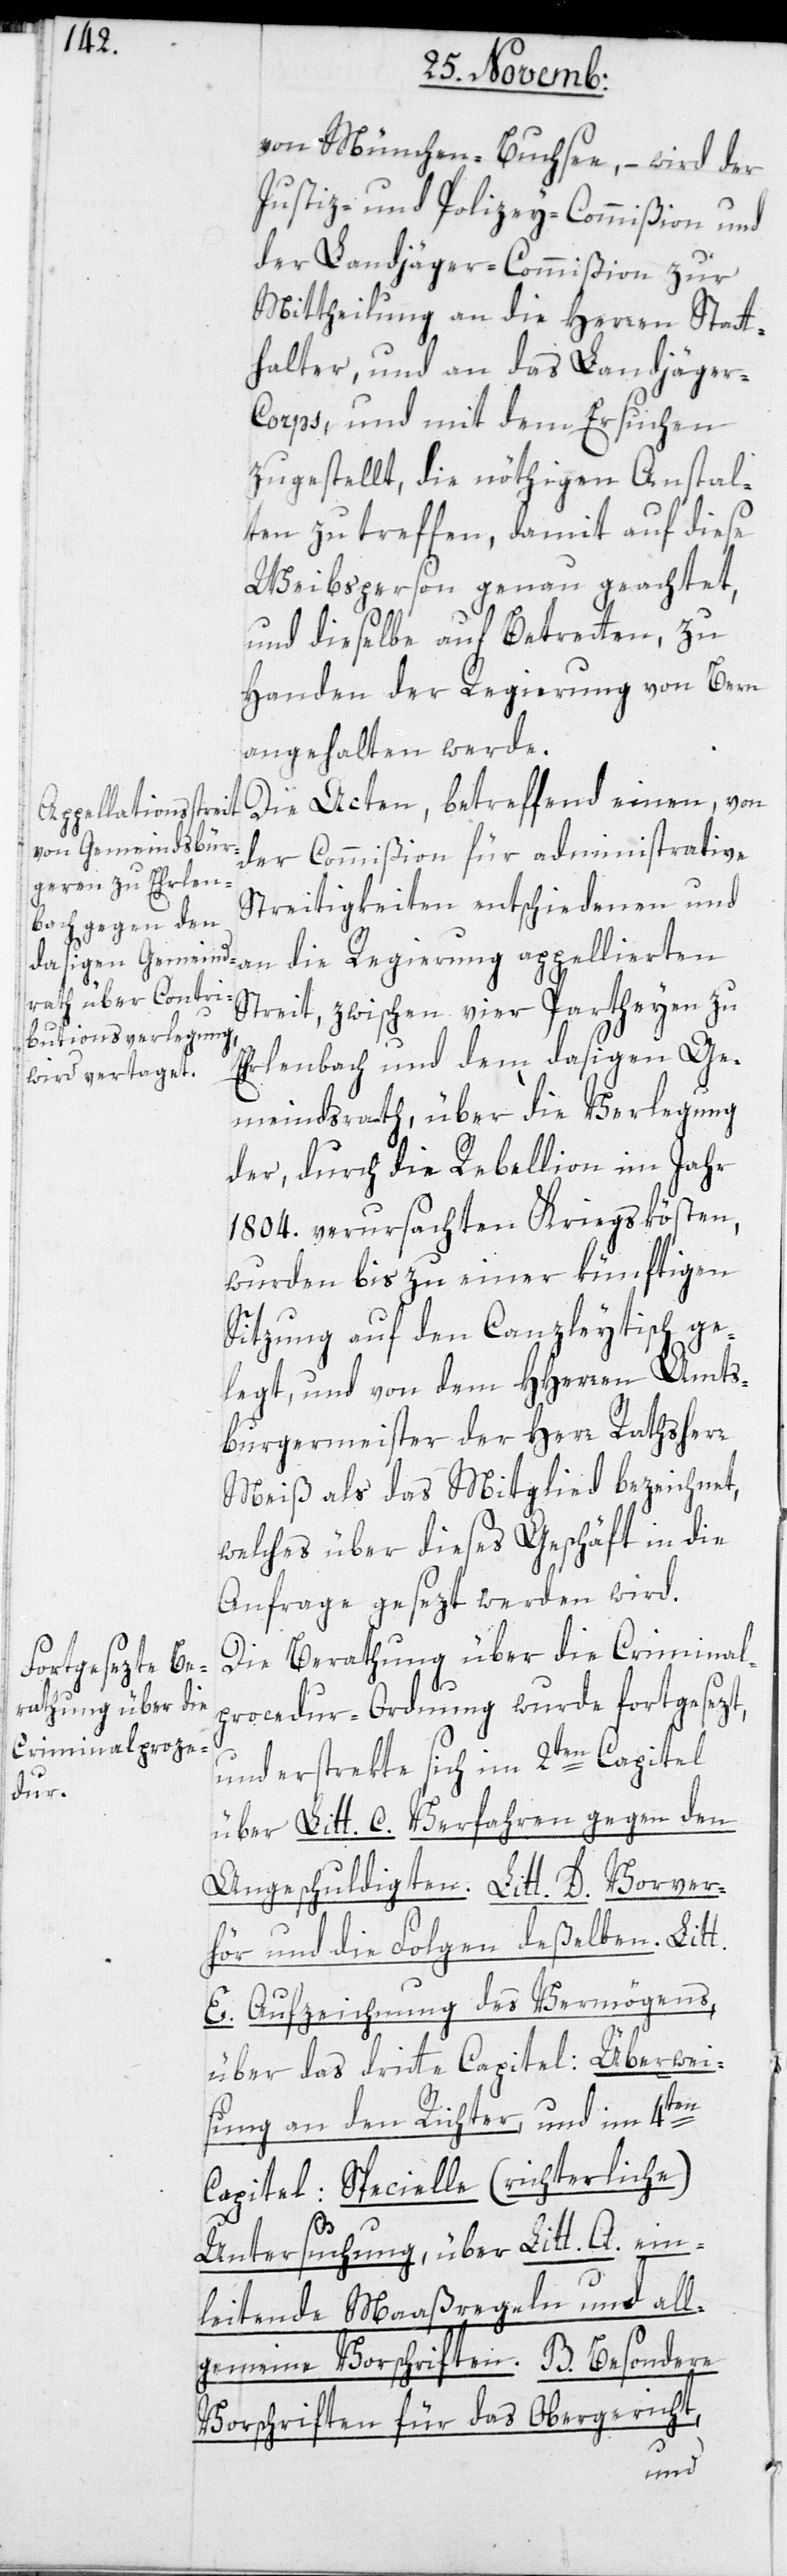
von München-Buchsee, – wird der
Justiz- und Polizey-Commißion und
der Landjäger-Commißion zur
Mittheilung an die Herren Statt¬
halter und an das Landjäger-C¬
orps, und mit dem Ersuchen
zugestellt, die nöthigen Anstal¬
ten zu treffen, damit auf diese
Weibsperson genau geachtet,
und dieselbe auf Betretten zu
Handen der Regierung von Bern
angehalten werde.
Die Acten, betreffend einen von
der Commißion für administrative
Streitigkeiten entschiedenen und
an die Regierung appellierten
Streit, zwischen vier Partheyen zu
Erlenbach und dem dasigen Ge¬
meindsrath, über die Verlegung
der, durch die Rebellion im Jahr
1804. verursachten Kriegskösten,
wurden bis zu einer künftigen
Sitzung auf den Canzleytisch ge¬
legt, und von dem HHerren Amts¬
burgermeister der Herr Rathsherr
Meiß als das Mitglied bezeichnet,
welches über dieses Geschäft in die
Anfrage gesezt werden wird.
Die Berathung über die Criminal¬
procedur-Ordnung wurde fortgesezt,
und erstrekte sich im 2ten Capitel
über Litt. C. Verfahren gegen den
Angeschuldigten. Litt. D. Vorver¬
hör und die Folgen deßelben. Litt.
E. Aufzeichnung des Vermögens,
über das dritte Capitel: Überwei¬
sung an den Richter, und im 4ten
Capitel: Specielle (richterliche)
Untersuchung, über Litt. A. ein¬
leitende Maßregeln und all¬
gemeine Vorschriften. B. Besondere
Vorschriften für das Obergericht,